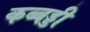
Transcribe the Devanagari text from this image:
कब्बड्डी